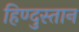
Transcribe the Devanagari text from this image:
हिण्दुस्तान